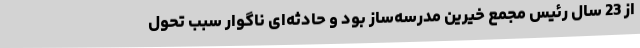
از 23 سال رئیس مجمع خیرین مدرسه‌ساز بود و حادثه‌ای ناگوار سبب تحول